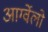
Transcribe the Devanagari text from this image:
आर्ग्वेलो